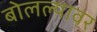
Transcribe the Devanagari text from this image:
बोलल्यावर